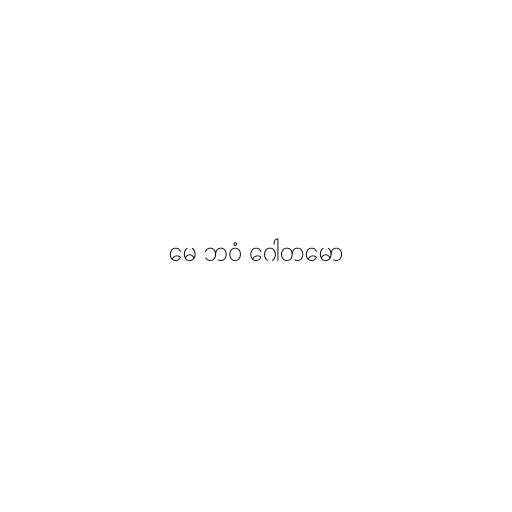
မေ ဘဝံ ဂေါတမော